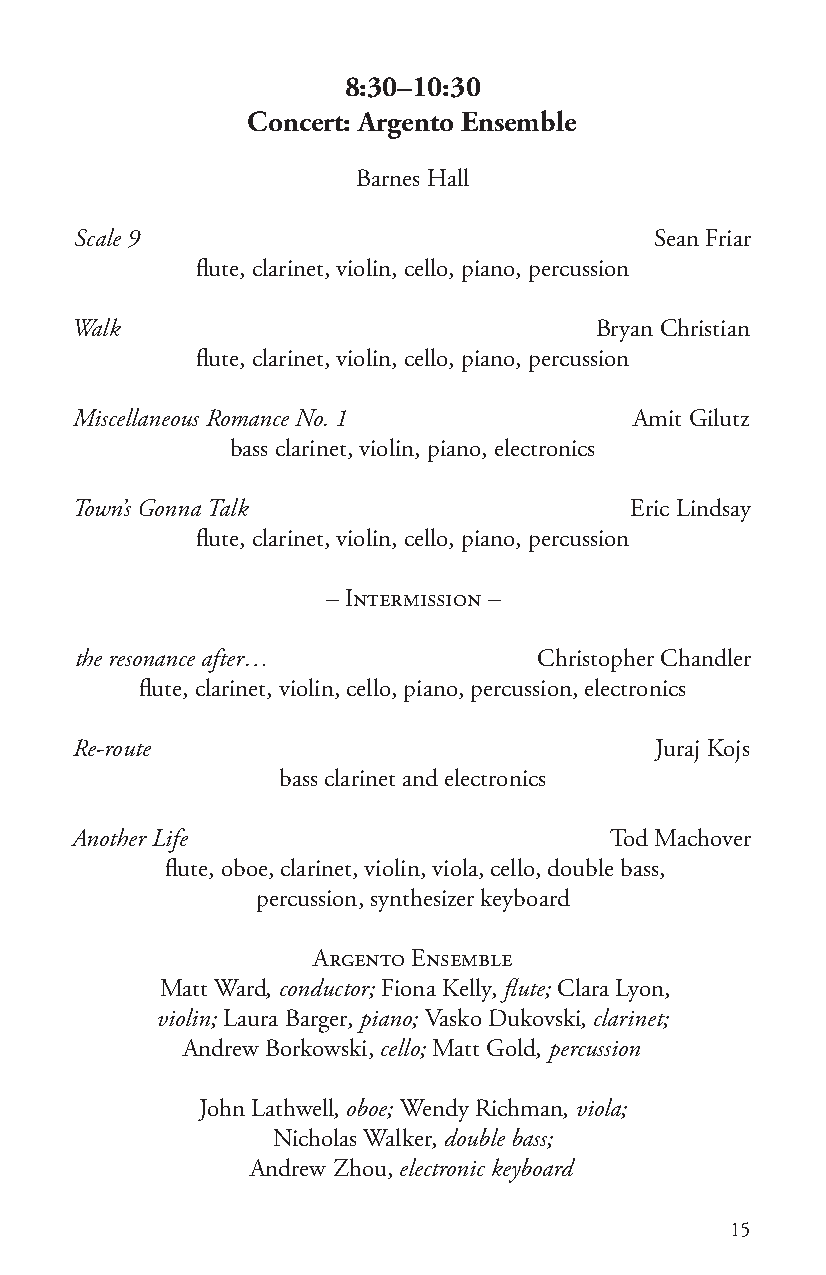
8:30–10:30
 Concert: Argento Ensemble
 Barnes Hall
 Scale 9                               Sean Friar
 flute, clarinet, violin, cello, piano, percussion
 Walk                              Bryan Christian
 flute, clarinet, violin, cello, piano, percussion
 Miscellaneous Romance No. 1          Amit Gilutz
 bass clarinet, violin, piano, electronics
 Town’s Gonna Talk                    Eric Lindsay
 flute, clarinet, violin, cello, piano, percussion
 – Intermission –
 the resonance after…           Christopher Chandler
 flute, clarinet, violin, cello, piano, percussion, electronics
 Re-route                              Juraj Kojs
 bass clarinet and electronics
 Another Life                       Tod Machover
 flute, oboe, clarinet, violin, viola, cello, double bass,
 percussion, synthesizer keyboard
 Argento Ensemble
 Matt Ward, conductor; Fiona Kelly, flute; Clara Lyon,
 violin; Laura Barger, piano; Vasko Dukovski, clarinet;
 Andrew Borkowski, cello; Matt Gold, percussion
 John Lathwell, oboe; Wendy Richman, viola;
 Nicholas Walker, double bass;
 Andrew Zhou, electronic keyboard
 15